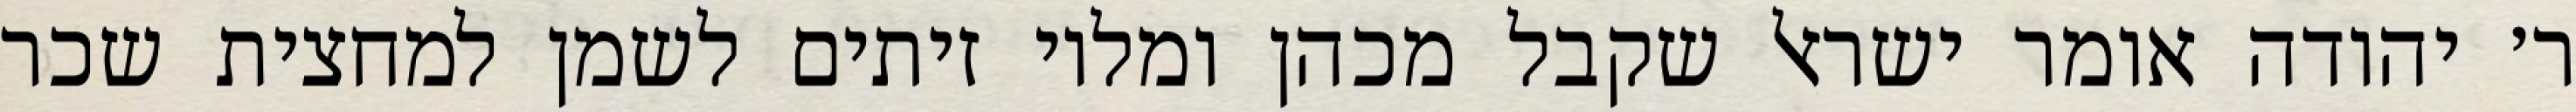
ר׳ יהודה אומר ישראל שקבל מכהן ומלוי זיתים לשמן למחצית שכר